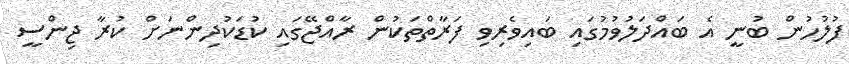
ފުލުހުން ބުނީ އެ ބައްދަލުވުމުގައި ބައިވެރިވި ފަރާތްތަކުން ރާއްޖޭގައި ކުޑަކުދިންނަށް ކުރާ ޖިންސީ